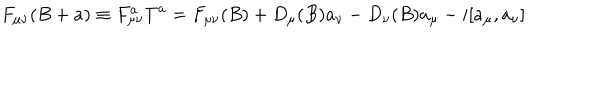
LaTeX: F _ { \mu \nu } ( B + a ) \equiv F _ { \mu \nu } ^ { a } T ^ { a } = F _ { \mu \nu } ( B ) + D _ { \mu } ( B ) a _ { \nu } - D _ { \nu } ( B ) a _ { \mu } - i [ a _ { \mu } , a _ { \nu } ]